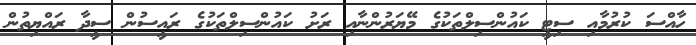
ހާއްސަ ކުރުމާއި ސިޓީ ކައުންސިލްތަކުގެ މޭޔަރުންނާއި ރަށު ކައުންސިލްތަކުގެ ރައީސުން ސީދާ ރައްޔިތުން